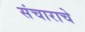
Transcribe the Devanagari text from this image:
संचाराचे